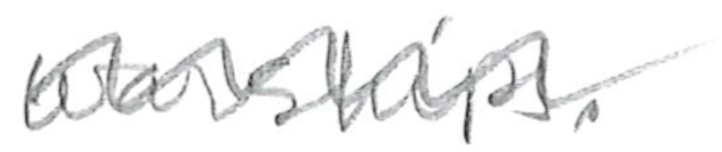
Text: warships.
Cross-out: wave
Writing tool: pencil